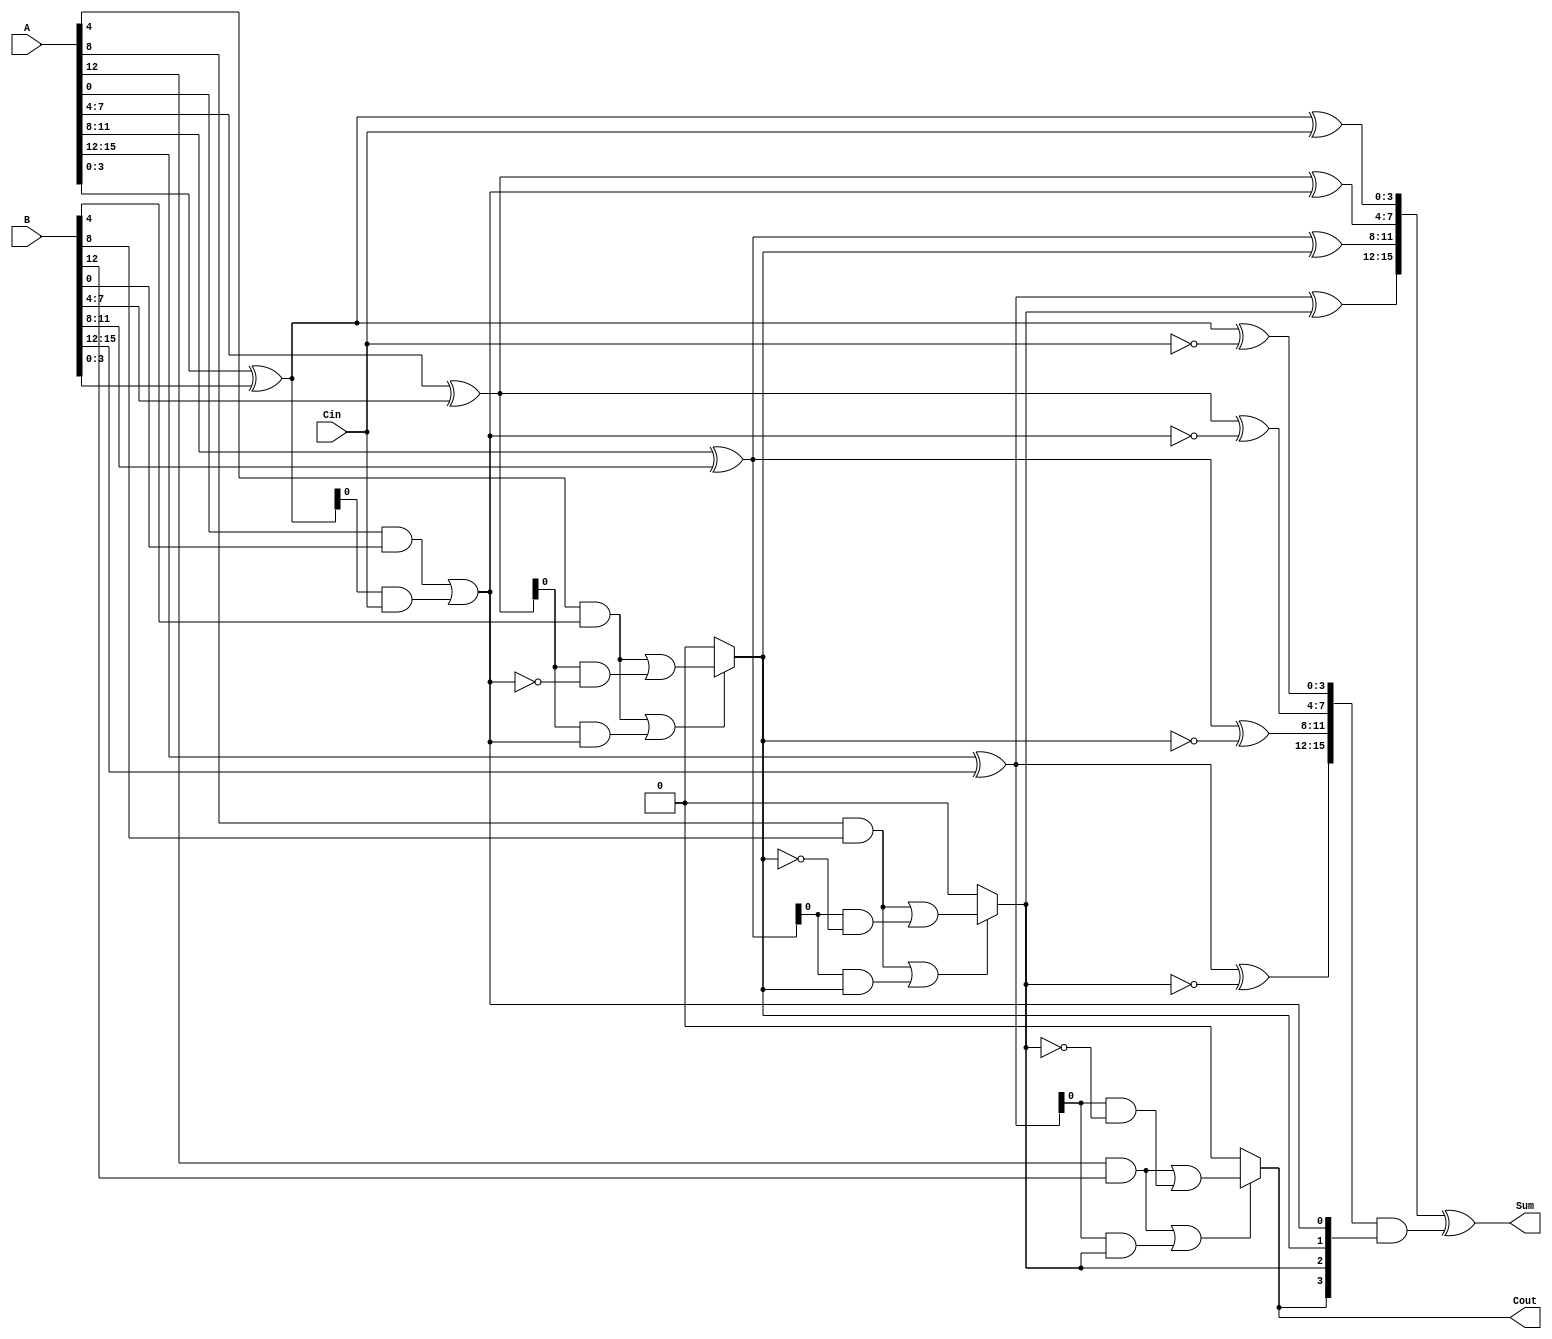
module CarrySelectAdder (
    input [15:0] A,       // 16-bit input A
    input [15:0] B,       // 16-bit input B
    input Cin,            // Carry input
    output [15:0] Sum,    // 16-bit sum output
    output Cout           // Carry output
);

    // Internal signals
    wire [3:0] Sum0 [3:0]; // Sum outputs for C-in = 0
    wire [3:0] Sum1 [3:0]; // Sum outputs for C-in = 1
    wire [3:0] Cout0;       // Carry outputs for C-in = 0
    wire [3:0] Cout1;       // Carry outputs for C-in = 1
    wire [3:0] P;           // Propagate signals
    wire [3:0] G;           // Generate signals
    wire [3:0] C;           // Carry outputs for each segment

    // Generate and Propagate logic for each segment
    genvar i;
    generate
        for (i = 0; i < 4; i = i + 1) begin : segment
            // Generate and Propagate
            assign G[i] = A[i*4 +: 4] & B[i*4 +: 4]; // Generate
            assign P[i] = A[i*4 +: 4] ^ B[i*4 +: 4]; // Propagate

            // Sum calculations for C-in = 0 and C-in = 1
            assign Sum0[i] = A[i*4 +: 4] ^ B[i*4 +: 4] ^ (i == 0 ? Cin : C[i-1]);
            assign Sum1[i] = A[i*4 +: 4] ^ B[i*4 +: 4] ^ (~(i == 0 ? Cin : C[i-1]));

            // Carry out calculations
            assign Cout0[i] = G[i] | (P[i] & (i == 0 ? Cin : C[i-1]));
            assign Cout1[i] = G[i] | (P[i] & (~(i == 0 ? Cin : C[i-1])));
        end
    endgenerate

    // MUX to select the final sum based on carry output
    assign C[0] = Cout0[0];
    assign C[1] = Cout0[1] ? Cout1[1] : Cout0[1];
    assign C[2] = Cout0[2] ? Cout1[2] : Cout0[2];
    assign C[3] = Cout0[3] ? Cout1[3] : Cout0[3];

    // Final sum output
    assign Sum = {Sum0[3], Sum0[2], Sum0[1], Sum0[0]} ^ {Sum1[3], Sum1[2], Sum1[1], Sum1[0]} & {C[3], C[2], C[1], C[0]};

    // Final carry output
    assign Cout = C[3];

endmodule